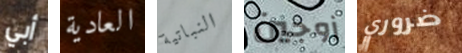
أبي العادية النباتية زوجين ضروري